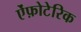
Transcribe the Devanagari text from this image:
ऐंफ़ोटेरिक